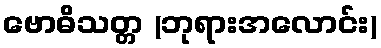
ဗောဓိသတ္တ (ဘုရားအလောင်း)